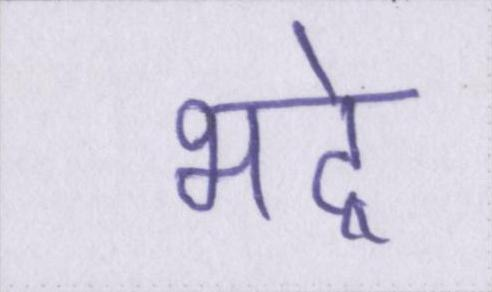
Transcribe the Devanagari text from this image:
भद्रे